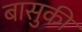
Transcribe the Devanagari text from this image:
बासुकी